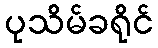
ပုသိမ်ခရိုင်